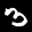
Label: 3